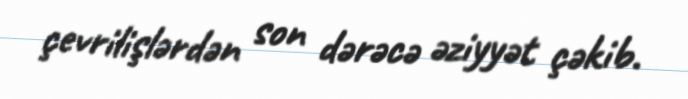
çevrilişlərdən son dərəcə əziyyət çəkib.